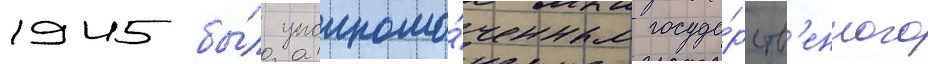
1945 бы́л уполномо́ченным госуда́рств'енного